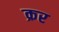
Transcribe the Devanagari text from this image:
क्रर